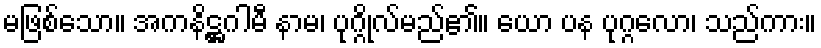
မဖြစ်သော။ အကနိဋ္ဌဂါမီ နာမ၊ ပုဂ္ဂိုလ်မည်၏။ ယော ပန ပုဂ္ဂလော၊ သည်ကား။